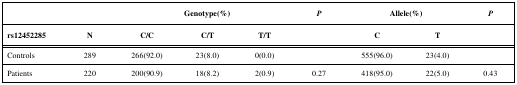
|  |  |  | Genotype(%) |  | P | <COLSPAN=2> Allele(%) | P |
 | rs12452285 | N | C/C | C/T | T/T |  | C | T |  |
 | --- | --- | --- | --- | --- | --- | --- | --- | --- |
 | Controls | 289 | 266(92.0) | 23(8.0) | 0(0.0) |  | 555(96.0) | 23(4.0) |  |
 | Patients | 220 | 200(90.9) | 18(8.2) | 2(0.9) | 0.27 | 418(95.0) | 22(5.0) | 0.43 |